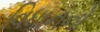
વિધાનનો